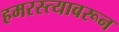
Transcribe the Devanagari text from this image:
हमरस्त्यावरून